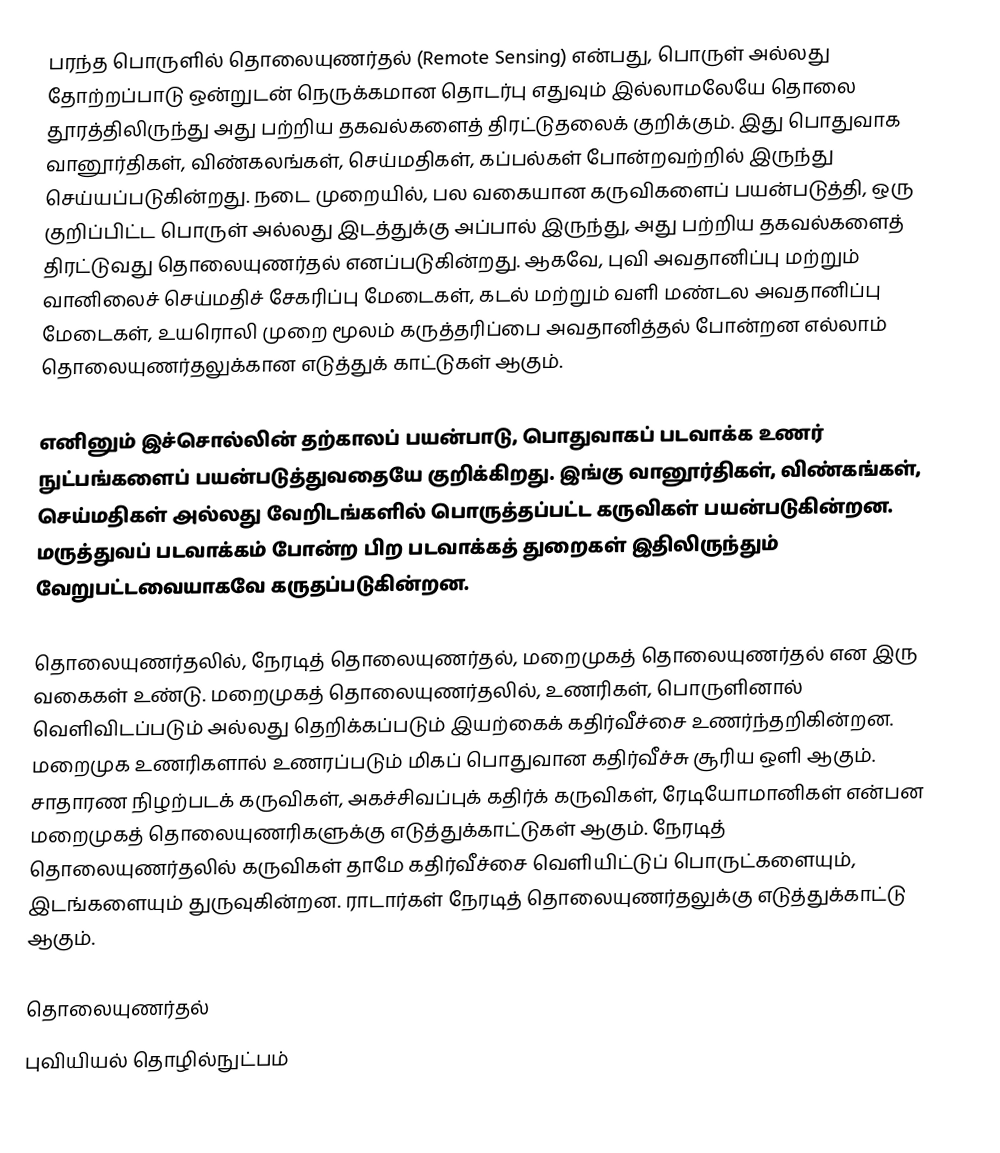
பரந்த பொருளில் தொலையுணர்தல் (Remote Sensing) என்பது, பொருள் அல்லது தோற்றப்பாடு ஒன்றுடன் நெருக்கமான தொடர்பு எதுவும் இல்லாமலேயே தொலை தூரத்திலிருந்து அது பற்றிய தகவல்களைத் திரட்டுதலைக் குறிக்கும். இது பொதுவாக வானூர்திகள், விண்கலங்கள், செய்மதிகள், கப்பல்கள் போன்றவற்றில் இருந்து செய்யப்படுகின்றது. நடை முறையில், பல வகையான கருவிகளைப் பயன்படுத்தி, ஒரு குறிப்பிட்ட பொருள் அல்லது இடத்துக்கு அப்பால் இருந்து, அது பற்றிய தகவல்களைத் திரட்டுவது தொலையுணர்தல் எனப்படுகின்றது. ஆகவே, புவி அவதானிப்பு மற்றும் வானிலைச் செய்மதிச் சேகரிப்பு மேடைகள், கடல் மற்றும் வளி மண்டல அவதானிப்பு மேடைகள், உயரொலி முறை மூலம் கருத்தரிப்பை அவதானித்தல் போன்றன எல்லாம் தொலையுணர்தலுக்கான எடுத்துக் காட்டுகள் ஆகும்.

எனினும் இச்சொல்லின் தற்காலப் பயன்பாடு, பொதுவாகப் படவாக்க உணர் நுட்பங்களைப் பயன்படுத்துவதையே குறிக்கிறது. இங்கு வானூர்திகள், விண்கங்கள், செய்மதிகள் அல்லது வேறிடங்களில் பொருத்தப்பட்ட கருவிகள் பயன்படுகின்றன. மருத்துவப் படவாக்கம் போன்ற பிற படவாக்கத் துறைகள் இதிலிருந்தும் வேறுபட்டவையாகவே கருதப்படுகின்றன.

தொலையுணர்தலில், நேரடித் தொலையுணர்தல், மறைமுகத் தொலையுணர்தல் என இரு வகைகள் உண்டு. மறைமுகத் தொலையுணர்தலில், உணரிகள், பொருளினால் வெளிவிடப்படும் அல்லது தெறிக்கப்படும் இயற்கைக் கதிர்வீச்சை உணர்ந்தறிகின்றன. மறைமுக உணரிகளால் உணரப்படும் மிகப் பொதுவான கதிர்வீச்சு சூரிய ஒளி ஆகும். சாதாரண நிழற்படக் கருவிகள், அகச்சிவப்புக் கதிர்க் கருவிகள், ரேடியோமானிகள் என்பன மறைமுகத் தொலையுணரிகளுக்கு எடுத்துக்காட்டுகள் ஆகும். நேரடித் தொலையுணர்தலில் கருவிகள் தாமே கதிர்வீச்சை வெளியிட்டுப் பொருட்களையும், இடங்களையும் துருவுகின்றன. ராடார்கள் நேரடித் தொலையுணர்தலுக்கு எடுத்துக்காட்டு ஆகும்.

தொலையுணர்தல்
புவியியல் தொழில்நுட்பம்